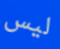
ليس